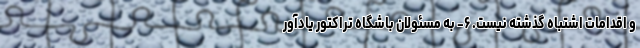
و اقدامات اشتباه گذشته نیست. ۶- به مسئولان باشگاه تراکتور یادآور